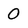
Character: 0